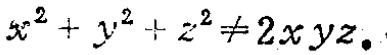
\(x^{2}+y^{2}+z^{2}\neq 2xyz\)